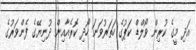
އަދި މީގެ ކުރިން ވޯލްޑް ކަޕުގެ ހަތަރުވަނަ ހޯދި ކޮރެއާއިން ދުނިޔޭގެ ފެންވަރުގެ